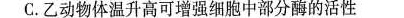
C.乙动物体温升高可增强细胞中部分酶的活性